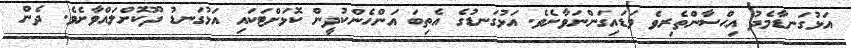
އަޅުގަނޑާމެދު އިޙްސާންތެރިވެ ވަޑައިގަންނަވާށެވެ. އަޅުގަނޑުގެ އެތިބަ އަންހެންކުދީން ކޮޅަށްޓަކައި އަޅުގަނޑު ދޫކޮށްލައްވާށެވެ. ދެން